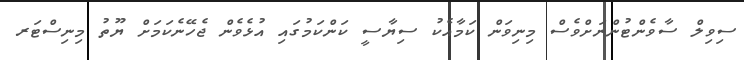
ސިވިލް ސާވެންޓުންނަށްވެސް މިނިވަން ކަމާއެކު ސިޔާސީ ކަންކަމުގައި އުޅެވެން ޖެހޭނެކަމަށް ޔޫތު މިނިސްޓަރ